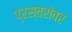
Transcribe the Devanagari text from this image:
प्रस्तरांवर